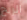
الربح